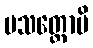
ပသတ္ထောပိ